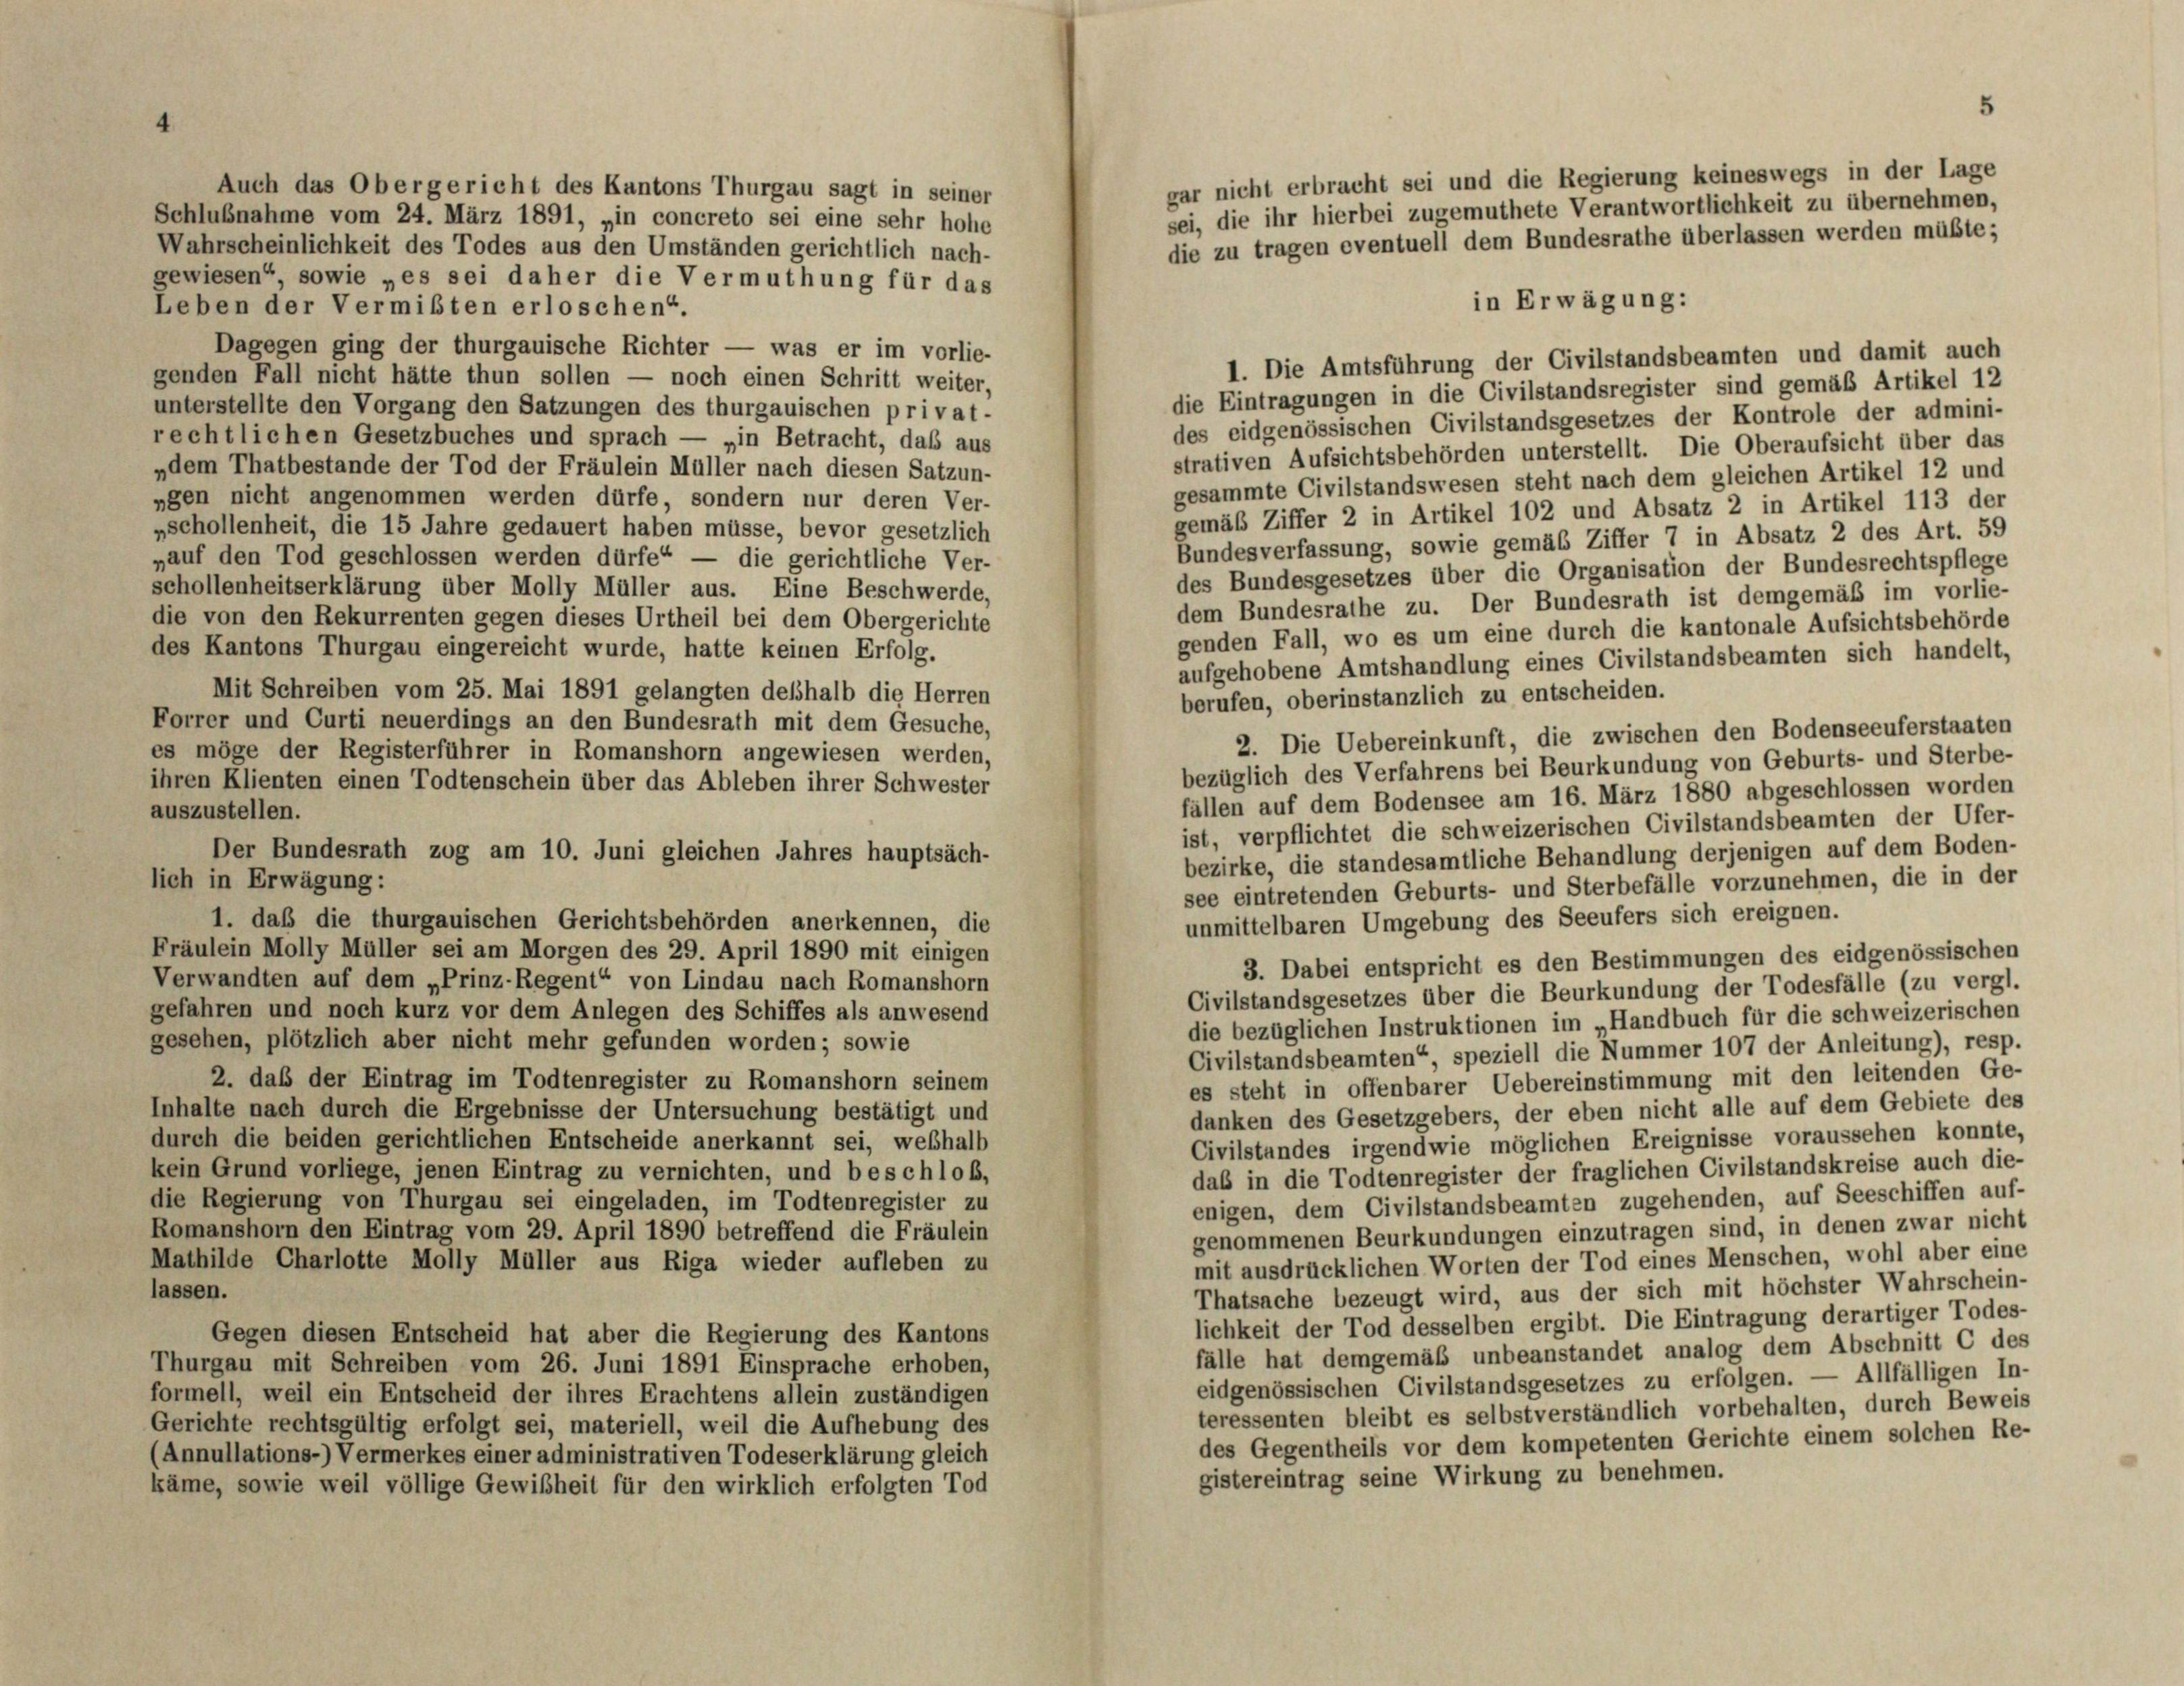
gar nicht erbracht sei und die Regierung keineswegs in der Lage
Auch das Obergericht des Kantons Thurgau sagt in seiner
sei, die ihr hierbei zugemuthete Verantwortlichkeit zu übernehmen,
Schlußnahme vom 24. März 1891, „in concreto sei eine sehr hohe
die zu tragen eventuell dem Bundesrathe überlassen werden müßte;
Wahrscheinlichkeit des Todes aus den Umständen gerichtlich nach-
gewiesen“, sowie „es sei daher die Vermuthung für das
in Erwägung:
Leben der Vermißten erloschen“
Dagegen ging der thurgauische Richter — was er im vorlie-
1. Die Amtsführung der Civilstandsbeamten und damit auch
genden Fall nicht hätte thun sollen — noch einen Schritt weiter,
die Eintragungen in die Civilstandsregister sind gemäß Artikel 12
unterstellte den Vorgang den Satzungen des thurgauischen privat-
des eidgenössischen Civilstandsgesetzes der Kontrole der admini-
rechtlichen Gesetzbuches und sprach — „in Betracht, daß aus
strativen Aufsichtsbehörden unterstellt. Die Oberaufsicht über das
„dem Thatbestande der Tod der Fräulein Müller nach diesen Satzun-
gesammte Civilstandswesen steht nach dem gleichen Artikel 12 und
ngen nicht angenommen werden dürfe, sondern nur deren Ver-
gemäß Ziffer 2 in Artikel 102 und Absatz 2 in Artikel 113 der
»schollenheit, die 15 Jahre gedauert haben müsse, bevor gesetzlich
Bundesverfassung, sowie gemäß Ziffer 7 in Absatz 2 des Art. 59
nauf den Tod geschlossen werden dürfe“ –
die gerichtliche Ver-
des Bundesgesetzes über die Organisation der Bundesrechtspflege
schollenheitserklärung über Molly Müller aus. Eine Beschwerde,
dem Bundesrathe zu. Der Bundesrath ist demgemäß im vorlie-
die von den Rekurrenten gegen dieses Urtheil bei dem Obergerichte
genden Fall, wo es um eine durch die kantonale Aufsichtsbehörde
des Kantons Thurgau eingereicht wurde, hatte keinen Erfolg.
aufgehobene Amtshandlung eines Civilstandsbeamten sich handelt,
Mit Schreiben vom 25. Mai 1891 gelangten deshalb die Herren
berufen, oberinstanzlich zu entscheiden.
Forrer und Curti neuerdings an den Bundesrath mit dem Gesuche,
2. Die Uebereinkunft, die zwischen den Bodenseeuferstaaten
es möge der Registerführer in Romanshorn angewiesen werden,
bezüglich des Verfahrens bei Beurkundung von Geburts- und Sterbe-
ihren Klienten einen Todtenschein über das Ableben ihrer Schwester
fällen auf dem Bodensee am 16. März 1880 abgeschlossen worden
auszustellen.
ist, verpflichtet die schweizerischen Civilstandsbeamten der Ufer-
Der Bundesrath zog am 10. Juni gleichen Jahres hauptsäch
bezirke, die standesamtliche Behandlung derjenigen auf dem Boden-
lich in Erwägung:
see eintretenden Geburts- und Sterbefälle vorzunehmen, die in der
1. daß die thurgauischen Gerichtsbehörden anerkennen, die
unmittelbaren Umgebung des Seeufers sich ereignen.
Fräulein Molly Müller sei am Morgen des 29. April 1890 mit einigen
3. Dabei entspricht es den Bestimmungen des eidgenössischen
Verwandten auf dem „Prinz-Regent“ von Lindau nach Romanshorn
Civilstandsgesetzes über die Beurkundung der Todesfälle (zu vergl.
gefahren und noch kurz vor dem Anlegen des Schiffes als anwesend
die bezüglichen Instruktionen im „Handbuch für die schweizerischen
gesehen, plötzlich aber nicht mehr gefunden worden; sowie
Civilstandsbeamten“, speziell die Nummer 107 der Anleitung), resp.
2. das der Eintrag im Todtenregister zu Romanshorn seinem
es steht in offenbarer Uebereinstimmung mit den leitenden Ge-
Inhalte nach durch die Ergebnisse der Untersuchung bestätigt und
danken des Gesetzgebers, der eben nicht alle auf dem Gebiete des
durch die beiden gerichtlichen Entscheide anerkannt sei, weßhalb
Civilstandes irgendwie möglichen Ereignisse voraussehen konnte,
kein Grund vorliege, jenen Eintrag zu vernichten, und beschloß,
daß in die Todtenregister der fraglichen Civilstandskreise auch die-
die Regierung von Thurgau sei eingeladen, im Todtenregister zu
enigen, dem Civilstandsbeamten zugehenden, auf Seeschiffen auf-
Romanshorn den Eintrag vom 29. April 1890 betreffend die Fräulein
genommenen Beurkundungen einzutragen sind, in denen zwar nicht
Mathilde Charlotte Molly Müller aus Riga wieder aufleben zu
mit ausdrücklichen Worten der Tod eines Menschen, wohl aber eine
lassen.
Thatsache bezeugt wird, aus der sich mit höchster Wahrschein-
lichkeit der Tod desselben ergibt. Die Eintragung derartiger Todes-
Gegen diesen Entscheid hat aber die Regierung des Kantons
fälle hat demgemäß unbeanstandet analog dem Abschnitt C des
Thurgau mit Schreiben vom 26. Juni 1891 Einsprache erhoben,
eidgenössischen Civilstandsgesetzes zu erfolgen. — Allfälligen In-
formell, weil ein Entscheid der ihres Erachtens allein zuständigen
teressenten bleibt es selbstverständlich vorbehalten, durch Beweis
Gerichte rechtsgültig erfolgt sei, materiell, weil die Aufhebung des
des Gegentheils vor dem kompetenten Gerichte einem solchen Re-
(Annullations-) Vermerkes einer administrativen Todeserklärung gleich
gistereintrag seine Wirkung zu benehmen.
käme, sowie weil völlige Gewißheit für den wirklich erfolgten Tod